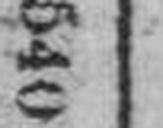
540